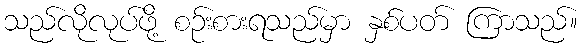
သည်လိုလုပ်ဖို့ စဉ်းစားရသည်မှာ နှစ်ပတ် ကြာသည်။